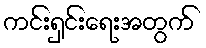
ကင်းရှင်းရေးအတွက်